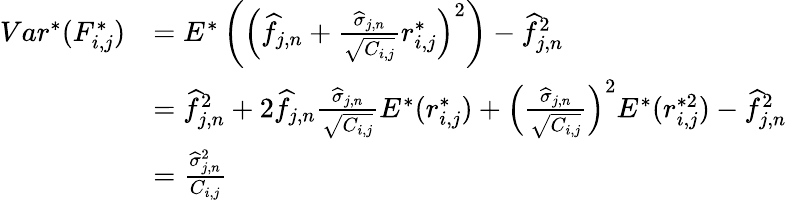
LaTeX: \begin{array}{rl}{Var^{*}(F_{i,j}^{*})}&{=E^{*}\left(\left(\widehat f_{j,n}+\frac{\widehat\sigma_{j,n}}{\sqrt{C_{i,j}}}r_{i,j}^{*}\right)^{2}\right)-\widehat f_{j,n}^{2}}\\ &{=\widehat f_{j,n}^{2}+2\widehat f_{j,n}\frac{\widehat\sigma_{j,n}}{\sqrt{C_{i,j}}}E^{*}(r_{i,j}^{*})+\left(\frac{\widehat\sigma_{j,n}}{\sqrt{C_{i,j}}}\right)^{2}E^{*}(r_{i,j}^{*2})-\widehat f_{j,n}^{2}}\\ &{=\frac{\widehat\sigma_{j,n}^{2}}{C_{i,j}}}\end{array}